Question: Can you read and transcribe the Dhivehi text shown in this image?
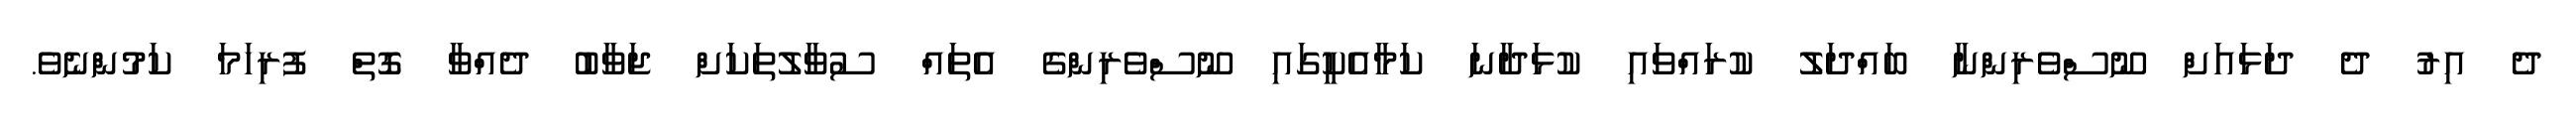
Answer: ދެ އިރު ދެ ދަޅައަށް ނޫސްވެރިންނާ ބައްދަލު ކުރައްވައި ކުޅަދާނަ ކަމާއެކީގައި ނޫސްވެރިންގެ އެތައް ސުވާލުތަކަށް ޖަވާބު ދެއްވާ ގޮތް ފުރިހަމަ ކަމުންނެވެ.